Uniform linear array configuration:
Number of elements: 48
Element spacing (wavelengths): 0.75
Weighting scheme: hamming
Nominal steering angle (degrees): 15
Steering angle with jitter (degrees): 16.088
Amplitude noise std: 0.05
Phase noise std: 0.05

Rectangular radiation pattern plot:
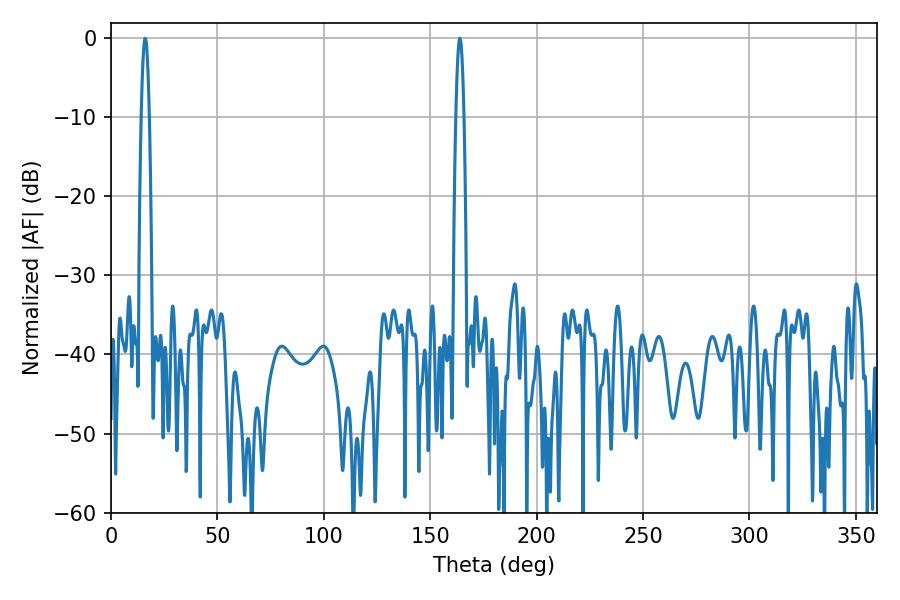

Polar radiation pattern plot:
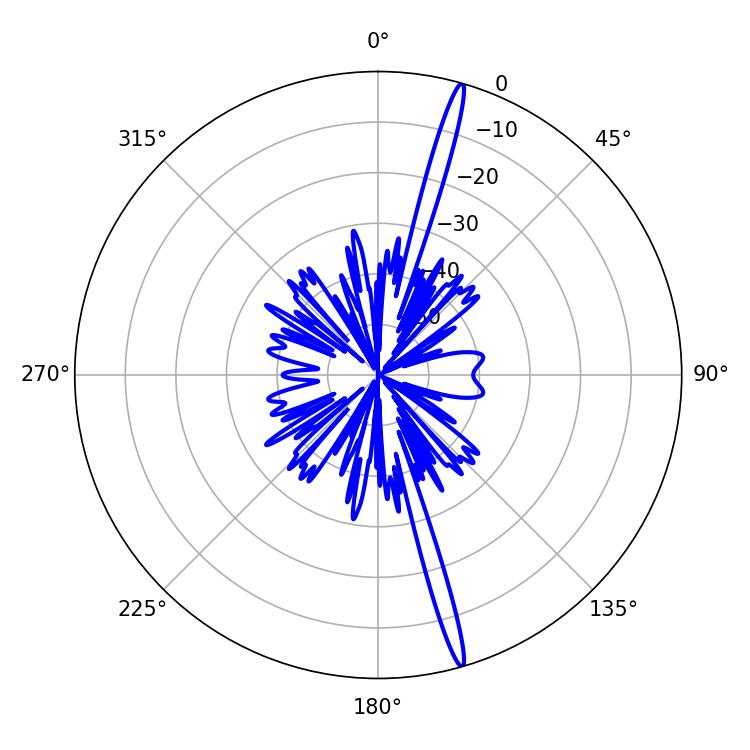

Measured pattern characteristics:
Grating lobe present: TRUE
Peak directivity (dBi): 19.552
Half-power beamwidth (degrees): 1.98
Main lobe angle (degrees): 16.02